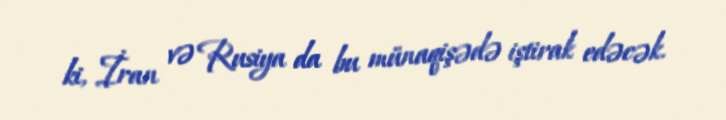
ki, İran və Rusiya da bu münaqişədə iştirak edəcək.